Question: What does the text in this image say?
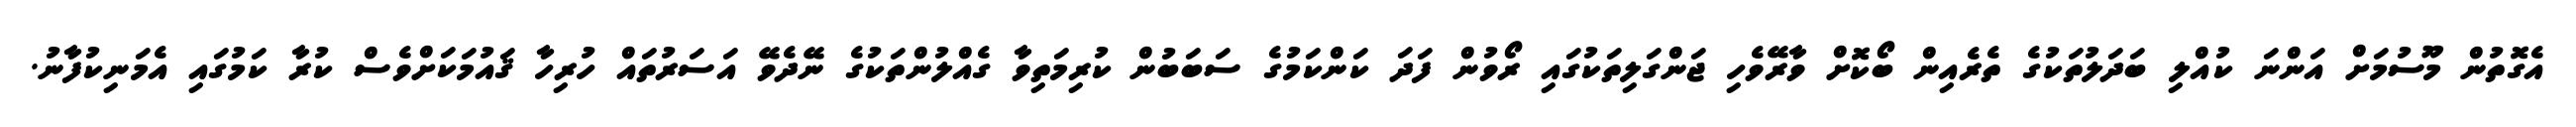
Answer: އެގޮތުން މޫސުމަށް އަންނަ ކުއްލި ބަދަލުތަކުގެ ތެރެއިން ބޯކޮށް ވާރޭވެހި ޖަންގަލިތަކުގައި ރޯވުން ފަދަ ކަންކަމުގެ ސަބަބުން ކުރިމަތިވާ ގެއްލުންތަކުގެ ނޭދެވޭ އަސަރުތައް ހުރިހާ ޤައުމަކަށްވެސް ކުރާ ކަމުގައި އެމަނިކުފާނު.